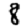
Digit: 8